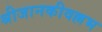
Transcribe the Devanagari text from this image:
श्रीजानकीवल्लभ